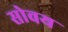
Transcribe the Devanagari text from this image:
सोवय